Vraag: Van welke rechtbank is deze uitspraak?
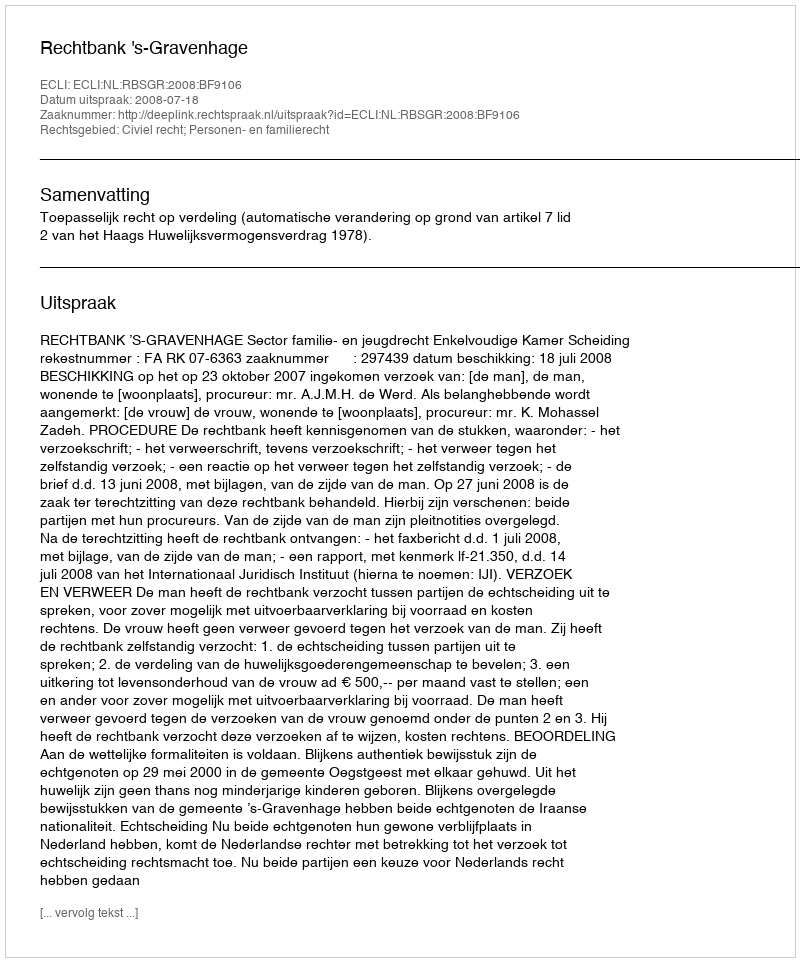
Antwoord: Rechtbank 's-Gravenhage